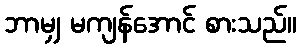
ဘာမျှ မကျန်အောင် စားသည်။